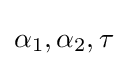
\alpha _{1},\alpha _{2},\tau